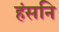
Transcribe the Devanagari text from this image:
हंसनि